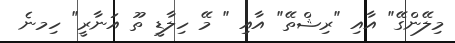
މިލޭންގޭ" އާއި "ރިޝްތޭ" އާއި " މޭ ހިލާޑީ ތޫ އަނާރީ" ހިމނެ